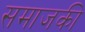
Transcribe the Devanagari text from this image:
समाजकी